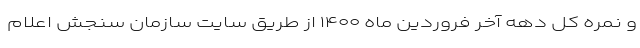
و نمره کل دهه آخر فروردین ماه ۱۴۰۰ از طریق سایت سازمان سنجش اعلام